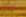
سوف